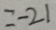
= - 2 1